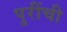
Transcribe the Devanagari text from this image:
पुरींची